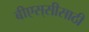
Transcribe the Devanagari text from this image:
बीएस्‌सीसाठी